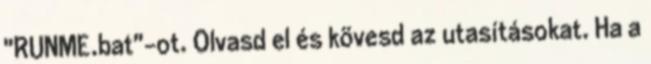
"RUNME.bat"-ot. Olvasd el és kövesd az utasításokat. Ha a